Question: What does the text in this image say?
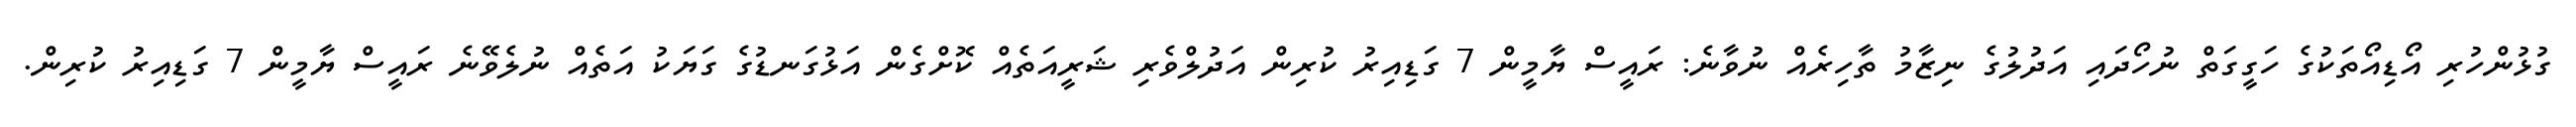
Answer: ގުޅުންހުރި އޯޑިއޯތަކުގެ ހަގީގަތް ނުހޯދައި އަދުލުގެ ނިޒާމު ތާހިރެއް ނުވާނެ: ރައީސް ޔާމީން 7 ގަޑިއިރު ކުރިން އަދުލްވެރި ޝަރީއަތެއް ކޮށްގެން އަޅުގަނޑުގެ ގަޔަކު އަތެއް ނުލެވޭނެ ރައީސް ޔާމީން 7 ގަޑިއިރު ކުރިން.